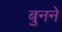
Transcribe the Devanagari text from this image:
बुुनने